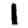
Digit: 1